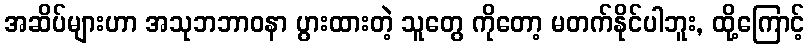
အဆိပ်များဟာ အသုဘဘာဝနာ ပွားထားတဲ့ သူတွေ ကိုတော့ မတက်နိုင်ပါဘူး, ထို့ကြောင့်